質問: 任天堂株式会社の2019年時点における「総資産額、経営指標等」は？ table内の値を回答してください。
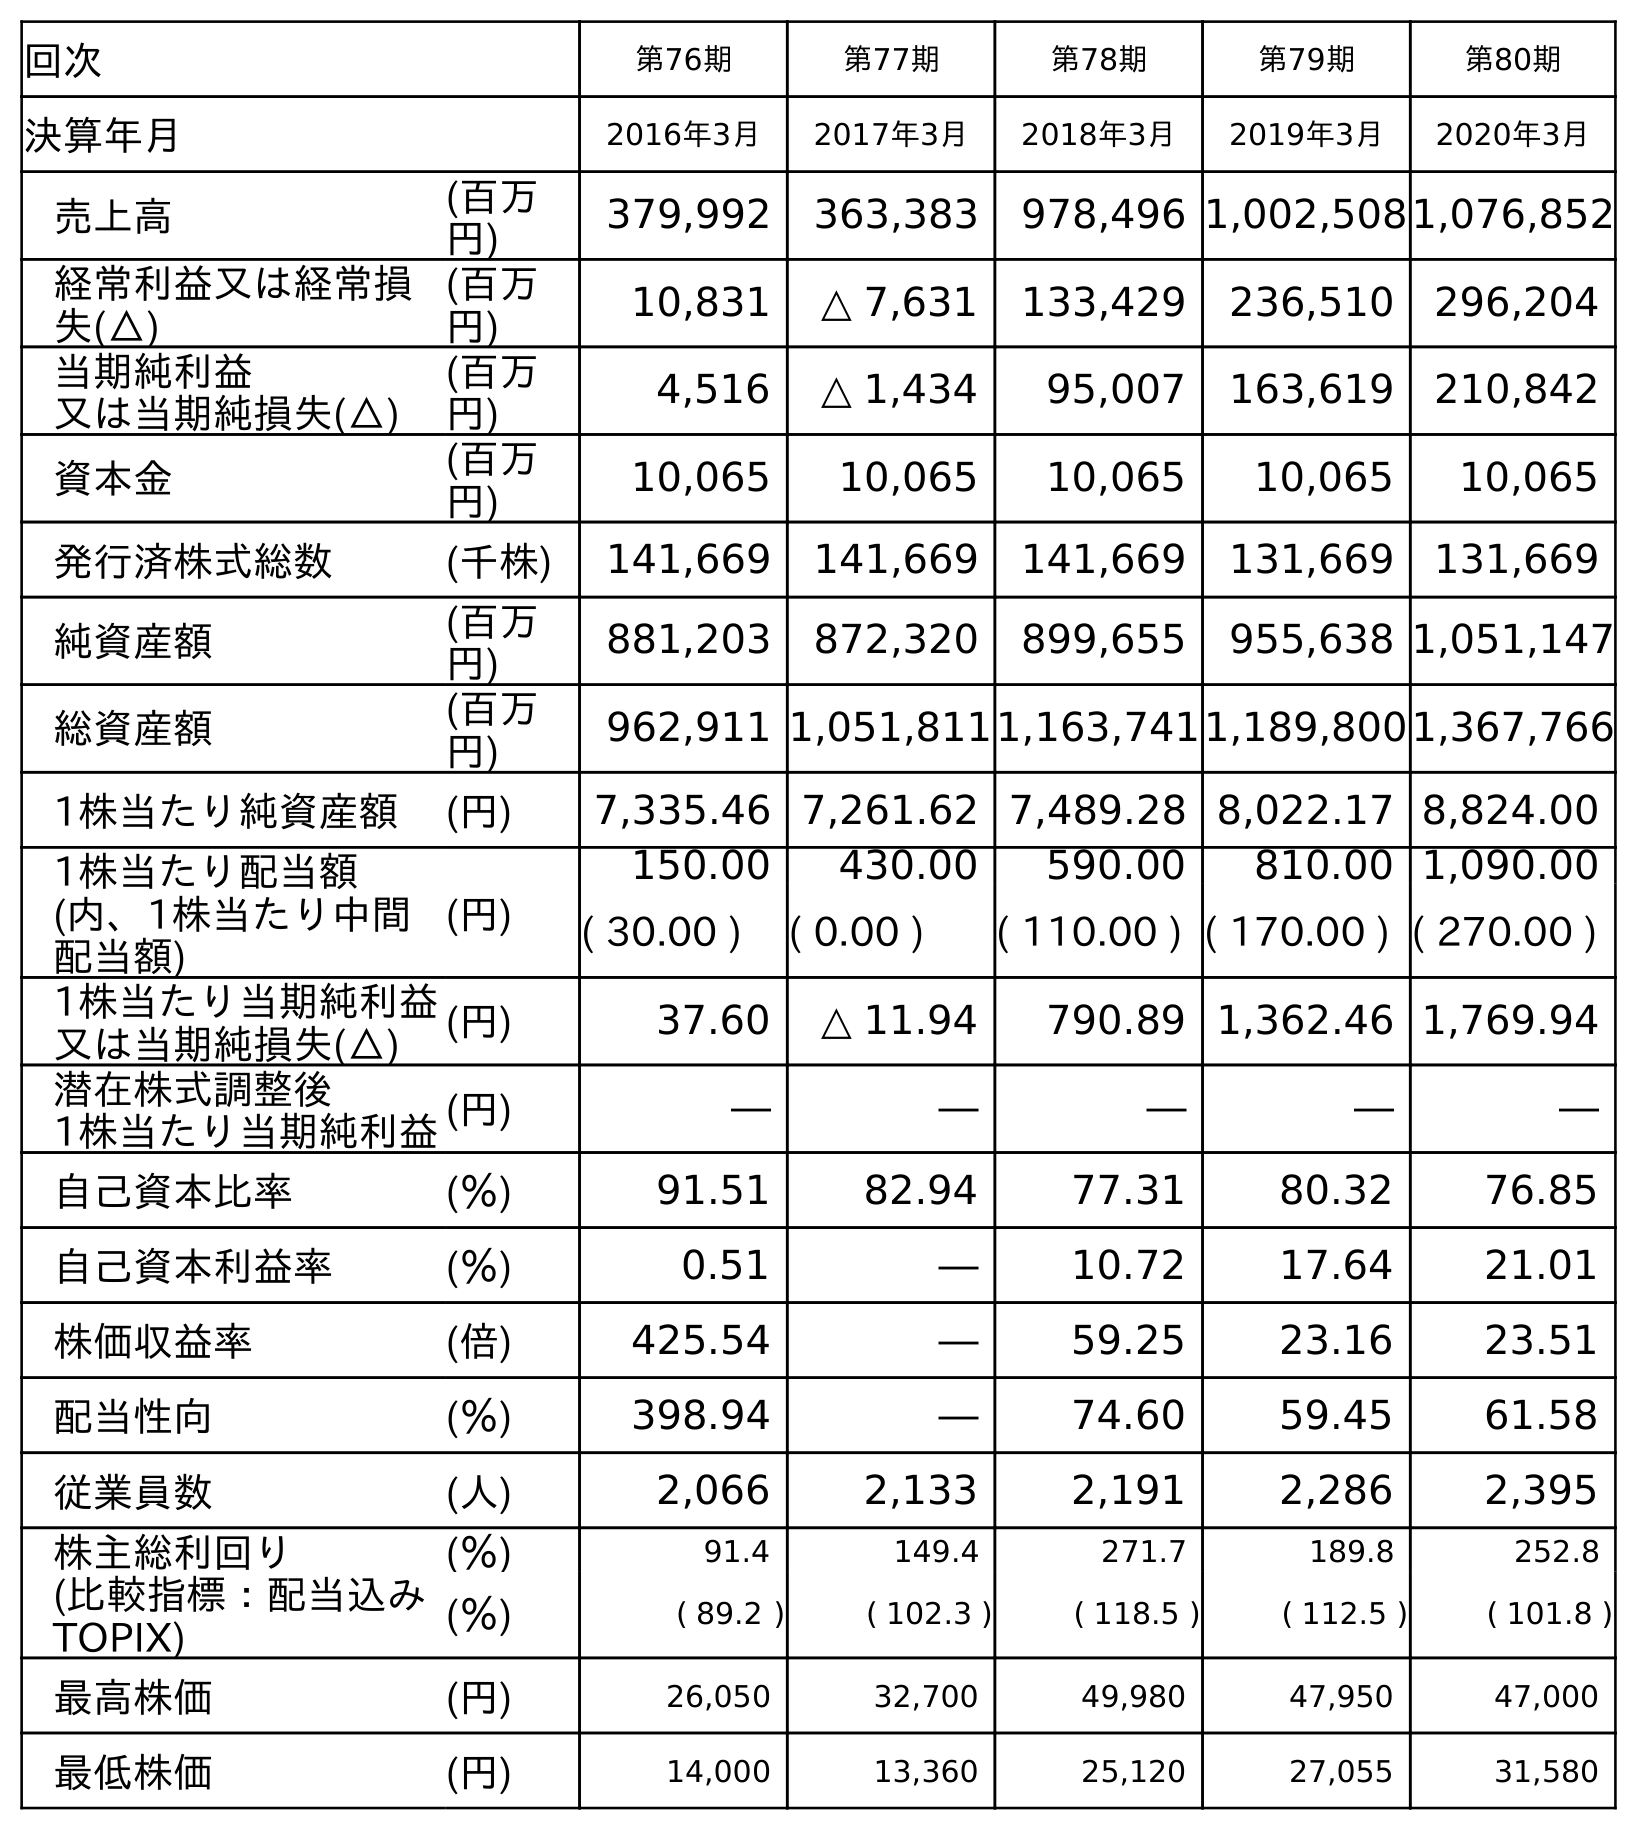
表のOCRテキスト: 回次 第76期 第77期 第78期 第79期 第80期 決算年月 2016年3月 2017年3月 2018年3月 2019年3月 2020年3月 売上高 (百万 円) 379,992 363,383 978,496 1,002,5081,076,852 経常利益又は経常損 失(△) (百万 円) 10,831 △ 7,631 133,429 236,510 296,204 当期純利益 又は当期純損失(△) (百万 円) 4,516 △ 1,434 95,007 163,619 210,842 資本金 (百万 円) 10,065 10,065 10,065 10,065 10,065 発行済株式総数 (千株) 141,669 141,669 141,669 131,669 131,669 純資産額 (百万 円) 881,203 872,320 899,655 955,638 1,051,147 総資産額 (百万 円) 962,911 1,051,8111,163,7411,189,8001,367,766 1株当たり純資産額 (円) 7,335.46 7,261.62 7,489.28 8,022.17 8,824.00 1株当たり配当額 (内、1株当たり中間 配当額) (円) 150.00 430.00 590.00 810.00 1,090.00 ( 30.00 ) ( 0.00 ) ( 110.00 ) ( 170.00 ) ( 270.00 ) 1株当たり当期純利益 又は当期純損失(△) (円) 37.60 △ 11.94 790.89 1,362.46 1,769.94 潜在株式調整後 1株当たり当期純利益(円) ― ― ― ― ― 自己資本比率 (％) 91.51 82.94 77.31 80.32 76.85 自己資本利益率 (％) 0.51 ― 10.72 17.64 21.01 株価収益率 (倍) 425.54 ― 59.25 23.16 23.51 配当性向 (％) 398.94 ― 74.60 59.45 61.58 従業員数 (人) 2,066 2,133 2,191 2,286 2,395 株主総利回り (比較指標：配当込み TOPIX) (％) 91.4 149.4 271.7 189.8 252.8 (％) ( 89.2 ) ( 102.3 ) ( 118.5 ) ( 112.5 ) ( 101.8 ) 最高株価 (円) 26,050 32,700 49,980 47,950 47,000 最低株価 (円) 14,000 13,360 25,120 27,055 31,580
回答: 1,189,800